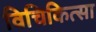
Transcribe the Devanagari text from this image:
विचिकित्सा